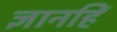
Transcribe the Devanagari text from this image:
ज्ञानहिं